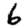
Digit: 6